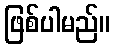
ဖြစ်ပါမည်။